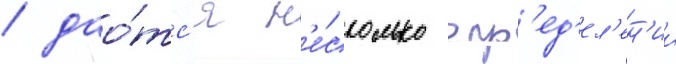
/ дао́тс'я н'е́сколько опр'ед'ел'ен'ии